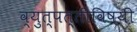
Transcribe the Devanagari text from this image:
व्युत्पत्तीविषयी